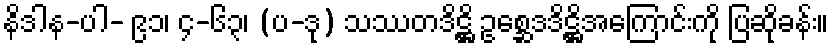
နိဒါန-ပါ- ၉၁၊ ၄-၆၃၊ (ပ-ဒု) သဿတဒိဋ္ဌိ ဥစ္ဆေဒဒိဋ္ဌိအကြောင်းကို ပြဆိုခန်း။